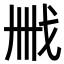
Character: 𢦫